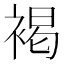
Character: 褐